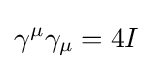
\gamma ^{\mu }\gamma _{\mu }=4I